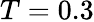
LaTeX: T=0.3